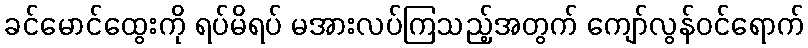
ခင်မောင်ထွေးကို ရပ်မိရပ် မအားလပ်ကြသည့်အတွက် ကျော်လွန်ဝင်ရောက်